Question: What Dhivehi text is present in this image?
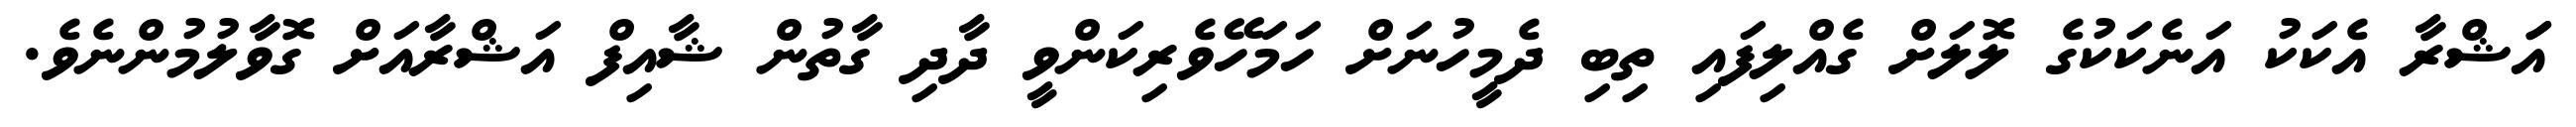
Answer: އަަޝްރާ އެކަކު އަނެކަކުގެ ލޮލަށް ގެއްލިފައި ތިބި ދެމީހުނަށް ހަމަހޭވެރިކަންވީ ދާދި ގާތުން ޝާއިފް އަޝްރާއަށް ގޮވާލުމުންނެވެ.